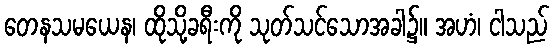
တေနသမယေန၊ ထိုသို့ခရီးကို သုတ်သင်သောအခါ၌။ အဟံ၊ ငါသည်